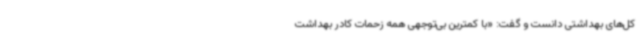
کل‌های بهداشتی دانست و گفت: «با کمترین بی‌توجهی همه زحمات کادر بهداشت